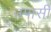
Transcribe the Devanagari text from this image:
उपासी